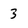
Character: 3